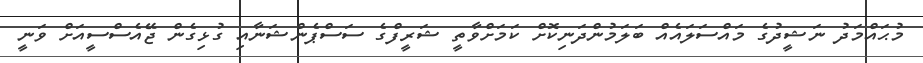
މުޙައްމަދު ނަޝީދުގެ މައްސަލައެއް ބަލަމުންދަނިކޮށް ކަމަށްވާތީ ޝަރީފްގެ ސަސްޕެންޝަނާއި ގުޅިގެން ޖޭއެސްސީއަށް ވަނީ